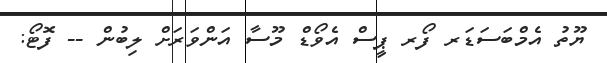
ޔޫތު އެމްބަސަޑަރ ފޯރ ޕީސް އެވޯޑް މޫސާ އަންވަަރަށް ލިބުން -- ފޮޓޯ: